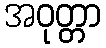
အဝုတ္တာ